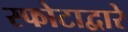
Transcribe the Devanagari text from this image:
स्फोटाद्वारे